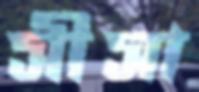
সীসা